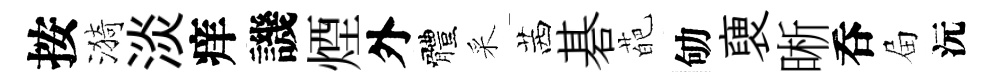
按漪淡痒譏煙外體采茜碁葩劬褏晰呑屇沅